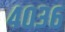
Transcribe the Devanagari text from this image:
४०३६